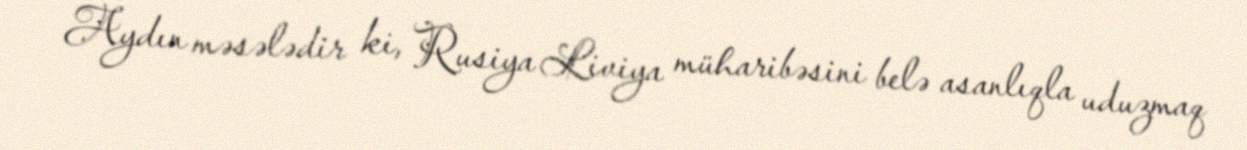
Aydın məsələdir ki, Rusiya Liviya müharibəsini belə asanlıqla uduzmaq